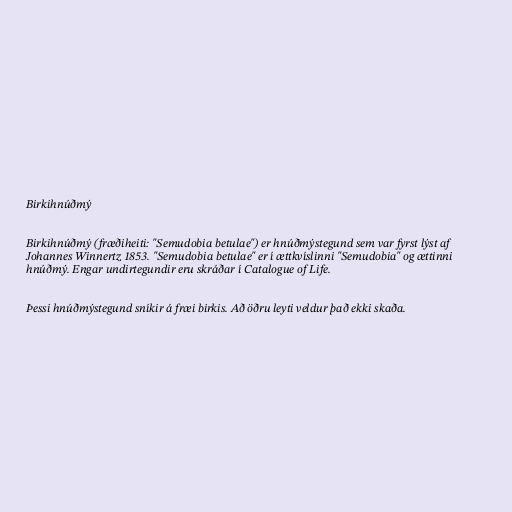
Birkihnúðmý

Birkihnúðmý (fræðiheiti: "Semudobia betulae") er hnúðmýstegund sem var fyrst lýst af
Johannes Winnertz 1853. "Semudobia betulae" er í ættkvíslinni "Semudobia" og ættinni
hnúðmý. Engar undirtegundir eru skráðar í Catalogue of Life.

Þessi hnúðmýstegund sníkir á fræi birkis. Að öðru leyti veldur það ekki skaða.